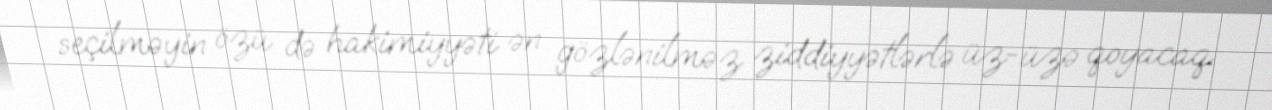
seçilməyin özü də hakimiyyəti ən gözlənilməz ziddiyyətlərlə üz-üzə qoyacaq.